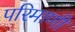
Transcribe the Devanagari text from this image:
परिमाणी